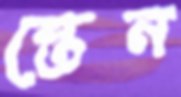
স্তেন